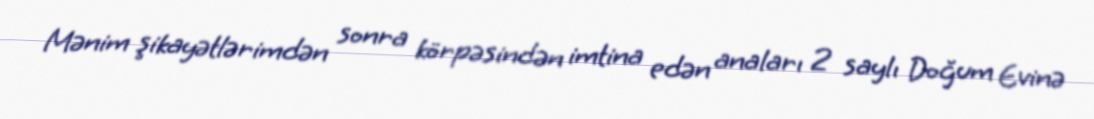
Mənim şikayətlərimdən sonra körpəsindən imtina edən anaları 2 saylı Doğum Evinə